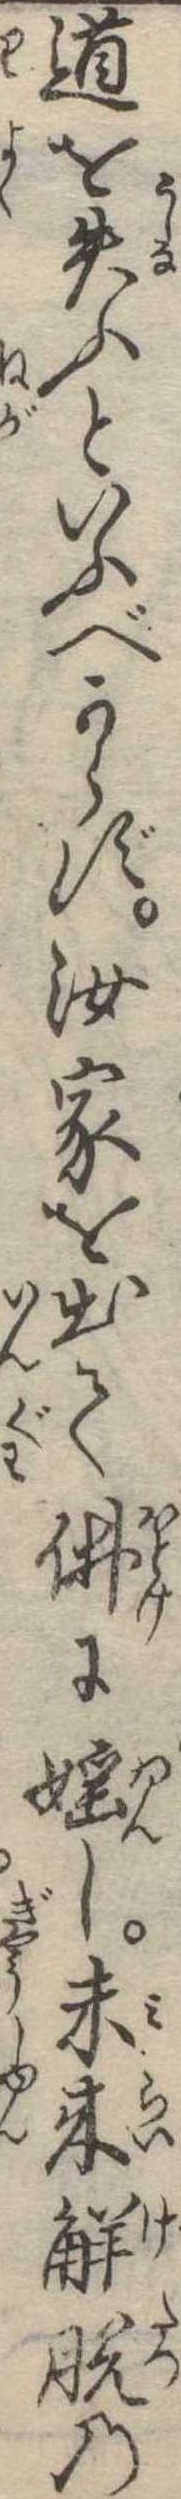
道を失ふといふべからず汝家を出て仏に淫し未来解脱の